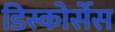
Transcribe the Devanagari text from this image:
डिस्कोर्सेस